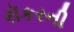
રૉકરની